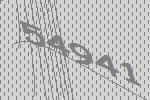
54941